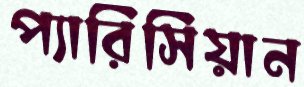
প্যারিসিয়ান